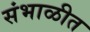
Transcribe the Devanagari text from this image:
संभाळीत